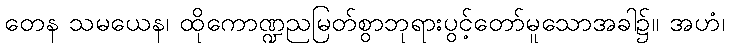
တေန သမယေန၊ ထိုကောဏ္ဍညမြတ်စွာဘုရားပွင့်တော်မူသောအခါ၌။ အဟံ၊